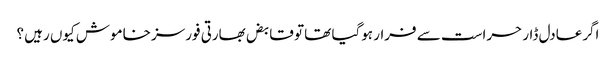
اگرعادل ڈار حراست سے فرار ہوگیا تھا تو قابض بھارتی فورسز خاموش کیوں رہیں ؟